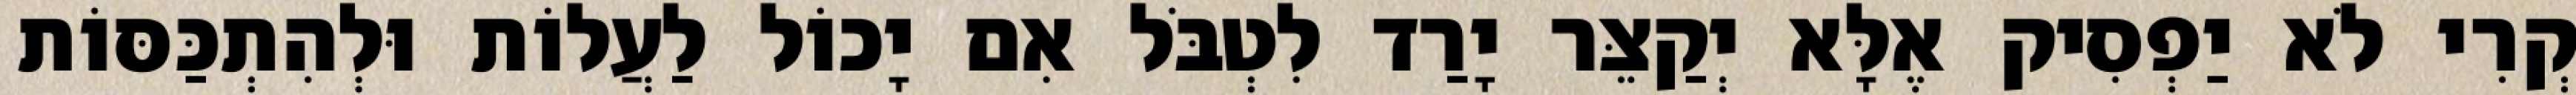
קְרִי לֹא יַפְסִיק אֶלָּא יְקַצֵּר יָרַד לִטְבֹּל אִם יָכוֹל לַעֲלוֹת וּלְהִתְכַּסּוֹת